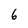
Character: 6